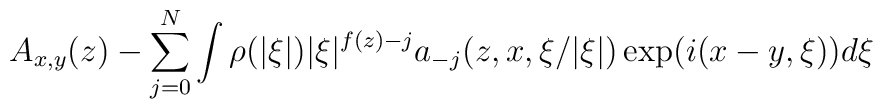
A_{x,y}(z)-\sum_{j=0}^N\int\rho(|\xi|)|\xi|^{f(z)-j}a_{-j}(z,x,\xi/|\xi|)\exp(i(x-y,\xi))d\xi